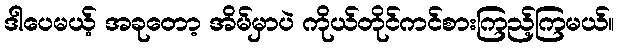
ဒါပေမယ့် အခုတော့ အိမ်မှာပဲ ကိုယ်တိုင်ကင်စားကြည့်ကြမယ်။